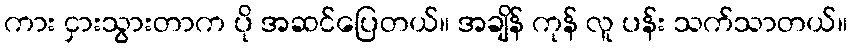
ကား ငှားသွားတာက ပို အဆင်ပြေတယ်။ အချိန် ကုန် လူ ပန်း သက်သာတယ်။